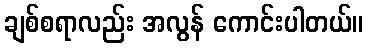
ချစ်စရာလည်း အလွန် ကောင်းပါတယ်။